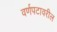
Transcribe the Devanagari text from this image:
वर्णपटावरील